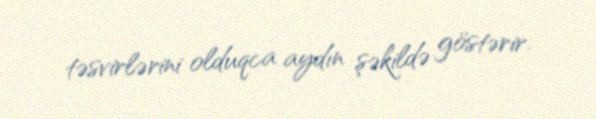
təsvirlərini olduqca aydın şəkildə göstərir.